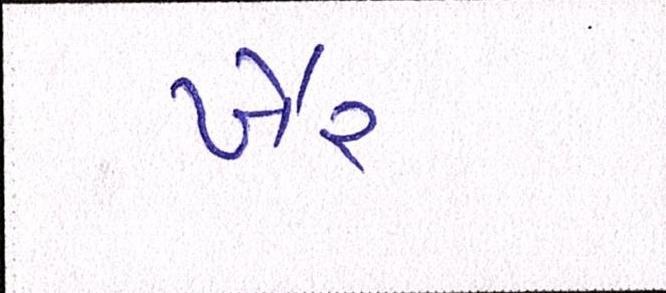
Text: ખૈર